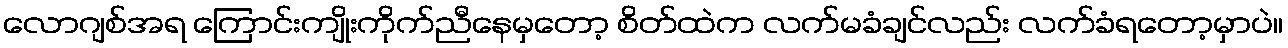
လောဂျစ်အရ ကြောင်းကျိုးကိုက်ညီနေမှတော့ စိတ်ထဲက လက်မခံချင်လည်း လက်ခံရတော့မှာပဲ။